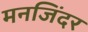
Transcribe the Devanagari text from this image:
मनजिंदर